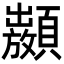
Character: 𩕣